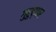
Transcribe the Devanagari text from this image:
गुरुद्वार